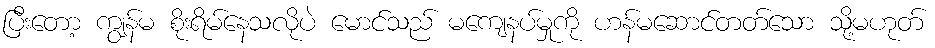
ပြီးတော့ ကျွန်မ စိုးရိမ်နေသလိုပဲ မောင်သည် မကျေနပ်မှုကို ဟန်မဆောင်တတ်သော သို့မဟုတ်